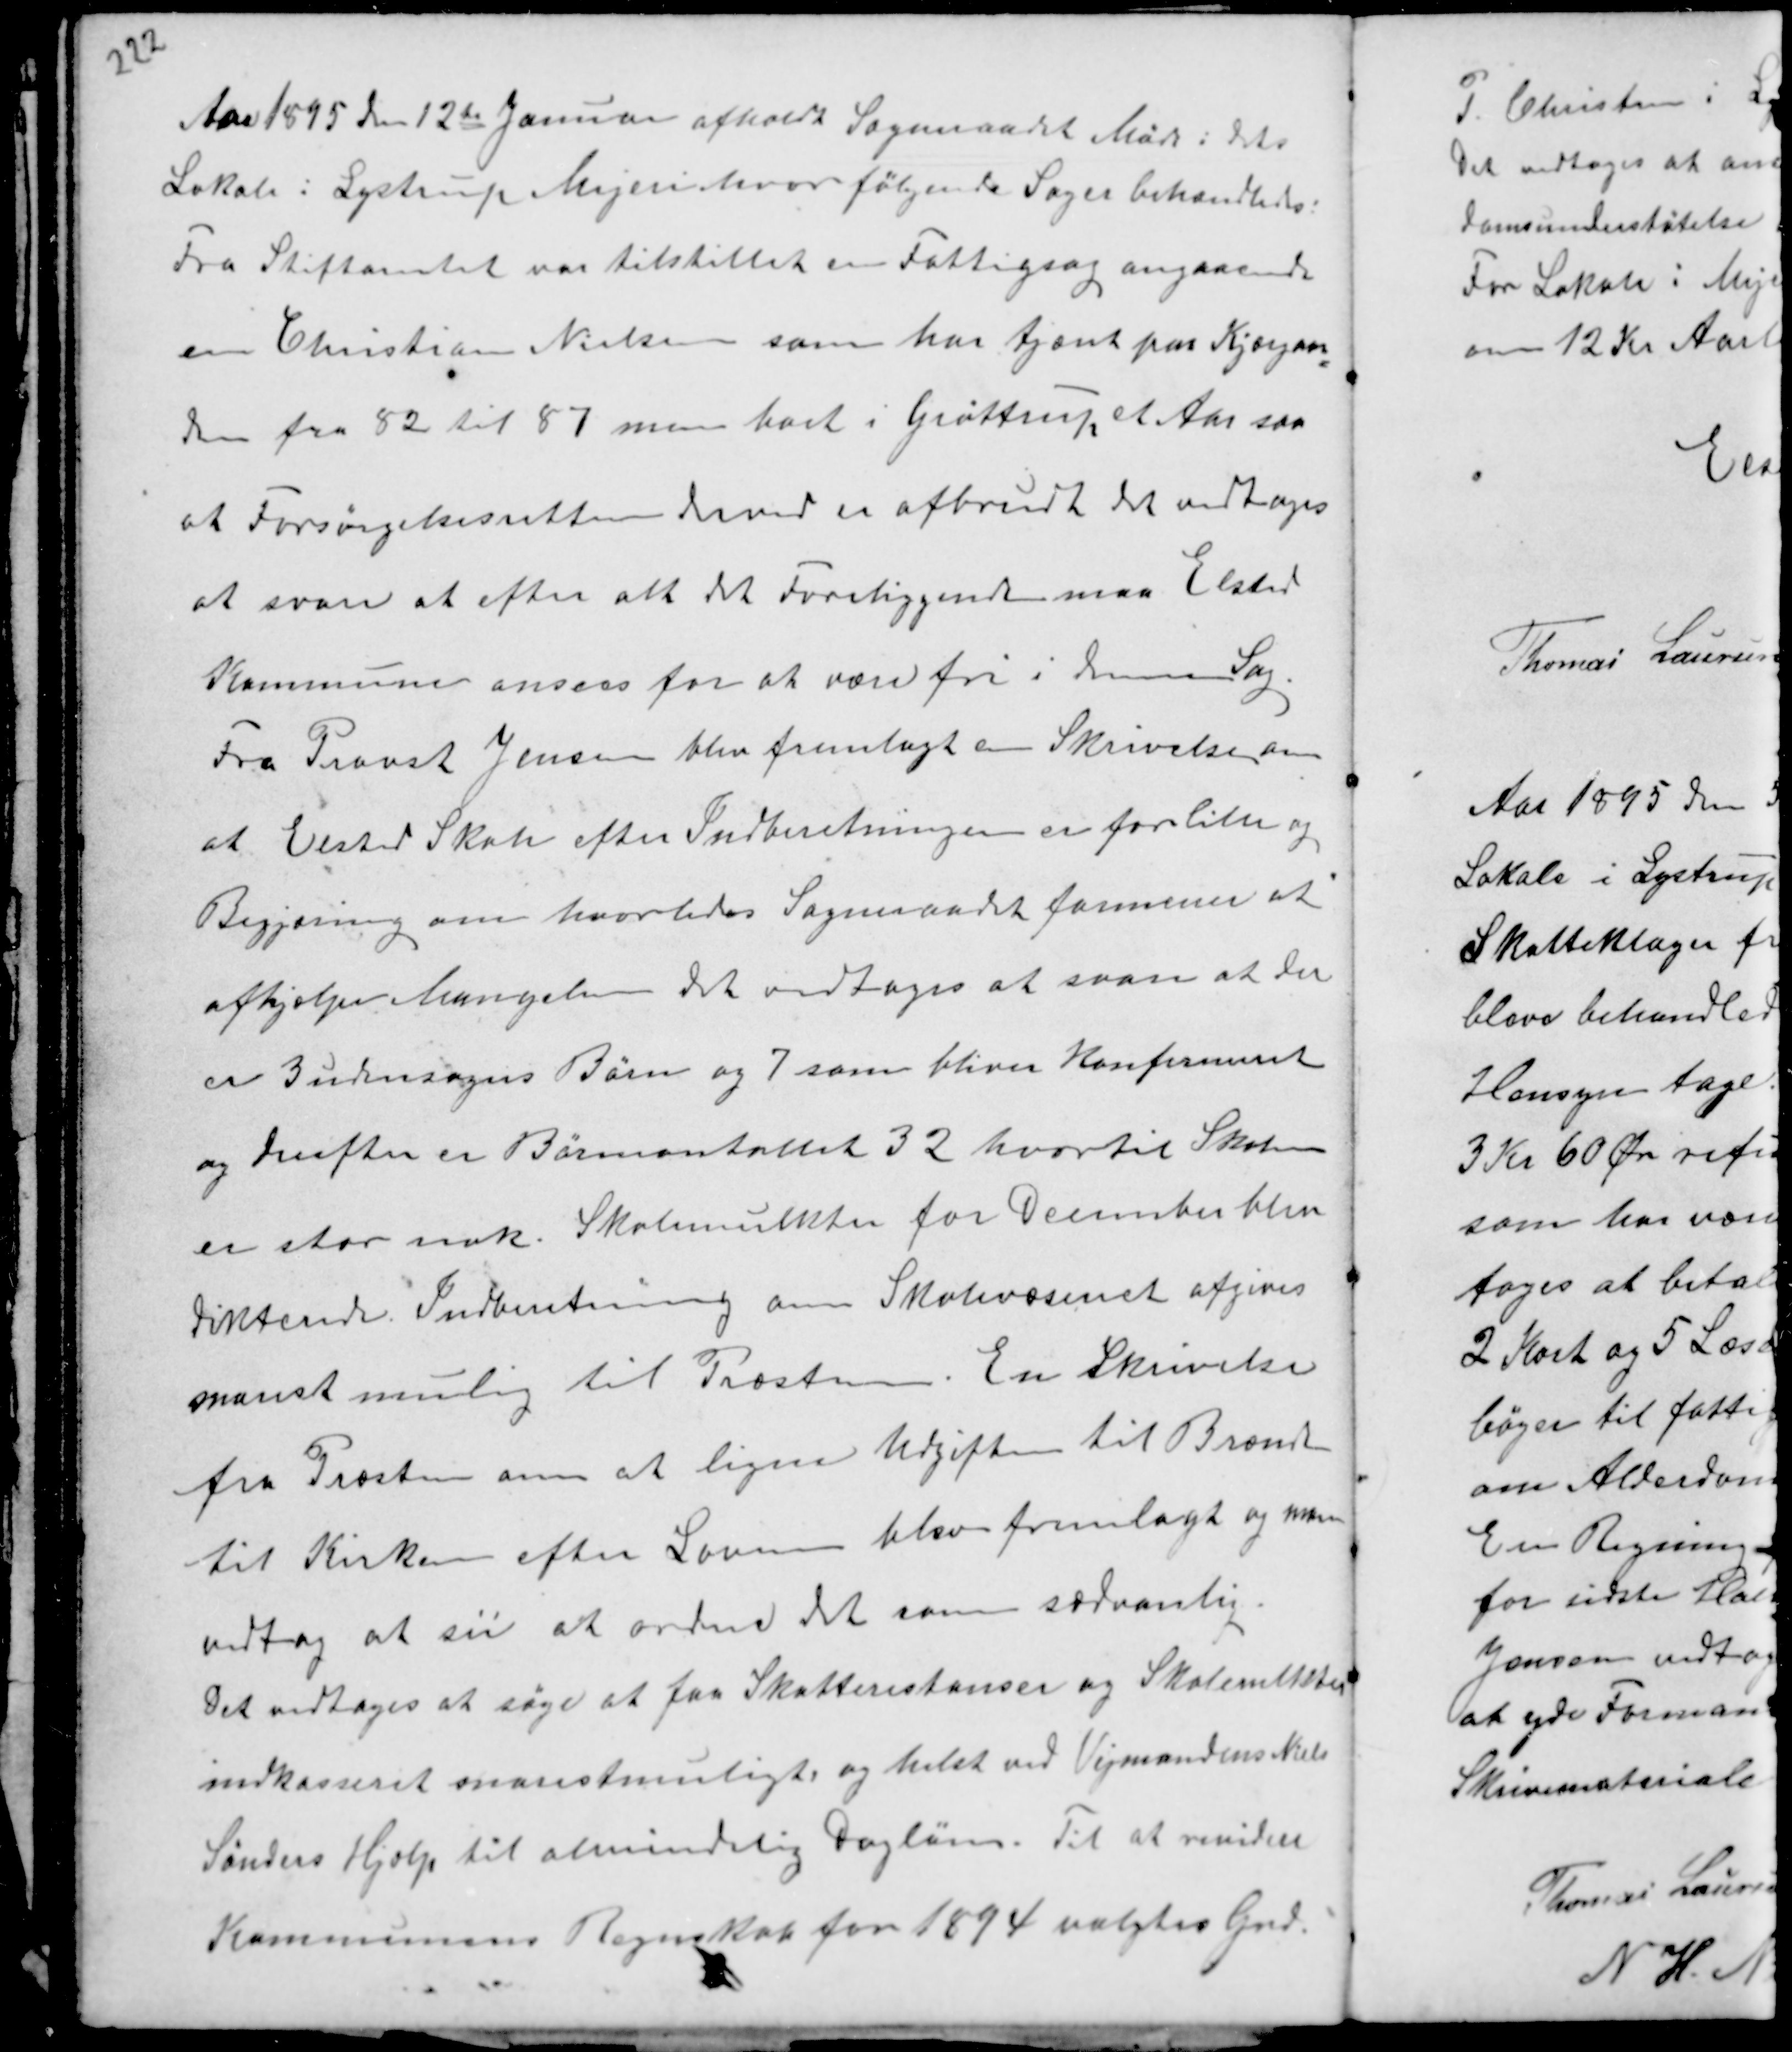
Transskription:
Aar 1895 den 12de Januar afholdt Sogneraadet Møde i dets
Lokale i Lystrup Mejeri hvor følgende Sager behandledes:
Fra Stiftamtet var tilstillet en Fattigsag angaaende
en Christian Nielsen som har tjent paa Kjærgaar-
den fra 82 til 87 men boet i Grøttrup et Aar saa
at Forsørgelsesretten derved er afbrudt det vedtoges
at svare at efter alt det Foreliggende maa Elsted
Kommune ansees for at være fri i denne Sag.

Fra Provst Jensen blev fremlagt en Skrivelse om
at Elsted Skole efter Indberetningen er for lille og
Begjæring om hvorledes Sogneraadet formenes at
afhjælpe Mangelen det vedtoges at svare at der
er 3 udensogns Børn og 7 som bliver Konfirmeret
og derefter er Børnetallet 32 hvortil Skolen
er stor nok. Skolemulkter for December blev
dikterede. Indberetning om Skolevæsenet afgives
snarest mulig til Præsten. En Skrivelse
fra Præsten om at ligne Udgiften til Brænde
til Kirken efter Loven blev fremlagt og man
vedtog at see at ordne det som sædvanlig.
Det vedtoges at søge at faa Skatterestancer og Skolemulkter
indkasseret snarest muligt og helst ved Vejmandens Niels
Sønders Hjælp til almindelig Dagløn. Til at revidere
Kommunens Regnskab for 1894 valgtes Gnd.